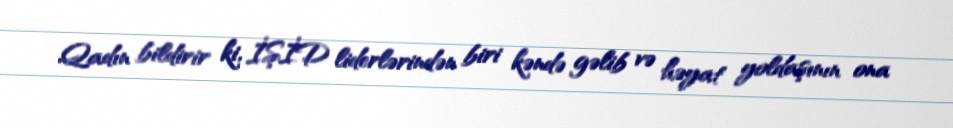
Qadın bildirir ki, İŞİD liderlərindən biri kəndə gəlib və həyat yoldaşının ona